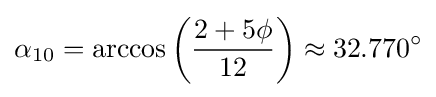
\alpha _{10}=\arccos \left({\frac {2+5\phi }{12}}\right)\approx 32.770^{\circ }